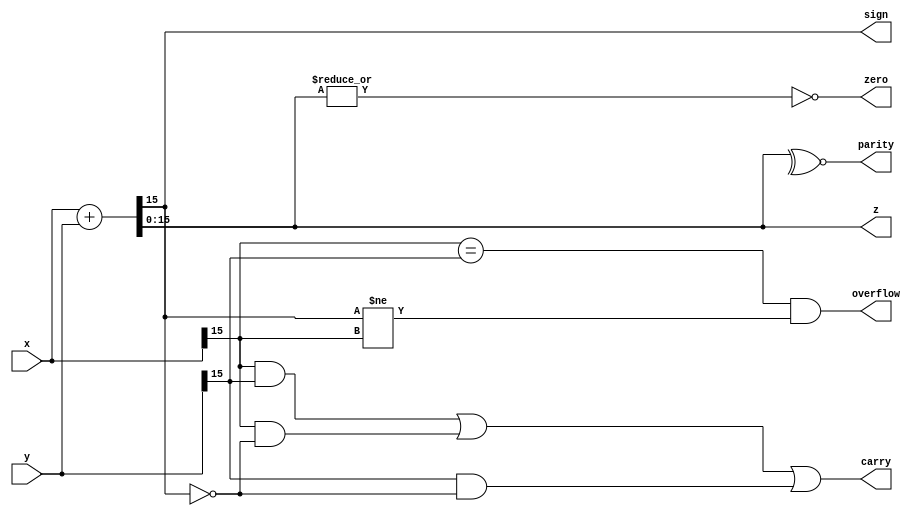
module alu (x,y,z,sign,zero,overflow,carry,parity);
input [15:0] x,y;
output [15:0] z;
output sign,zero,overflow,carry,parity;
wire [15:0] z;
wire sign,zero,overflow,carry,parity;
assign {carry,z} = x + y;
assign sign = z[15];
assign zero = ~|z;
assign overflow = (x[15] == y[15]) && (z[15] != x[15]);
assign carry = (x[15] && y[15]) || (x[15] && ~z[15]) || (y[15] && ~z[15]);
assign parity = ~^z;
endmodule